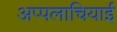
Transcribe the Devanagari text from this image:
अप्पलाचियाई